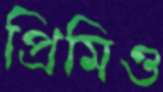
প্রিমিও